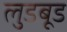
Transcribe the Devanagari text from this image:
लुडबूड